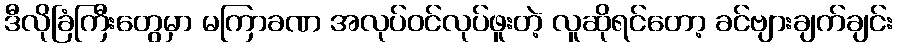
ဒီလိုခြံကြီးတွေမှာ မကြာခဏ အလုပ်ဝင်လုပ်ဖူးတဲ့ လူဆိုရင်တော့ ခင်ဗျားချက်ချင်း